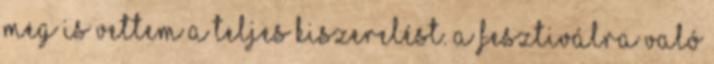
meg is vettem a teljes kiszerelést. A fesztiválra való